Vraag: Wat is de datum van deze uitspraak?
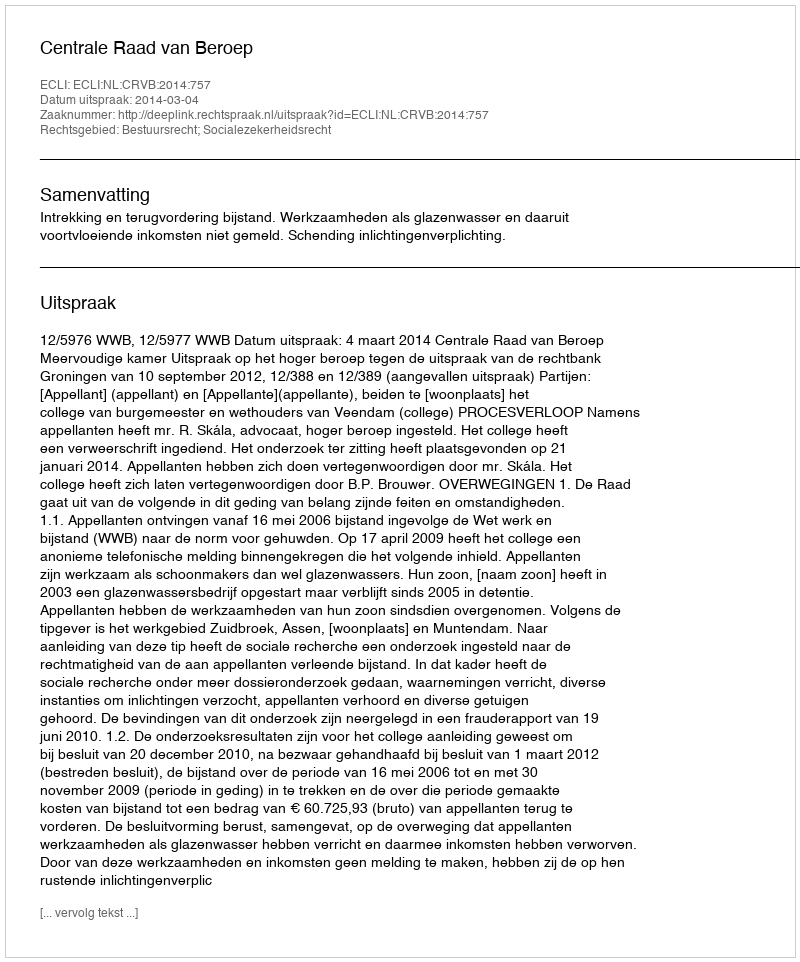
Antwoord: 2014-03-04